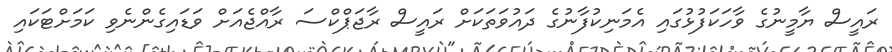
ރައީސް ޔާމީނުގެ ވާހަކަފުޅުގައި އެމަނިކުފާނުގެ ދައުވަތަކަށް ރައީސް ރާޖަޕްކްސަ ރާއްޖެއަށް ވަޑައިގެންނެވި ކަމަށްޓަކައި